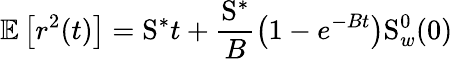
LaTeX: \mathbb{E}\left[r^{2}(t)\right]=\mathrm{S}^{\ast}t+\frac{\mathrm{S}^{\ast}}{B}\left(1-e^{-Bt}\right)\mathrm{S}_{w}^{0}(0)